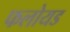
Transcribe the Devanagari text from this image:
फलोयड